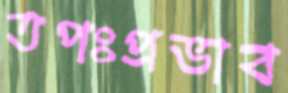
তপঃপ্রভাব